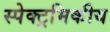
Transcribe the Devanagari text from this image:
स्पेक्ट्रमिकीय